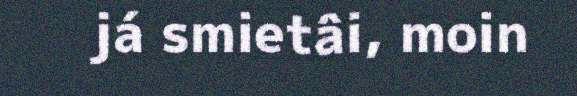
já smietâi, moin